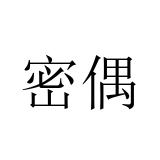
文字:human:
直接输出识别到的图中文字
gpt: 密偶